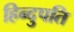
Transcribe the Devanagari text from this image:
हिन्दुपति